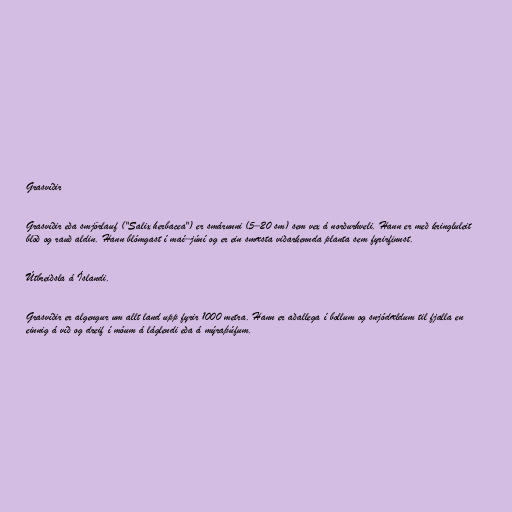
Grasvíðir

Grasvíðir eða smjörlauf ("Salix herbacea") er smárunni (5–20 sm) sem vex á norðurhveli. Hann er með kringluleit
blöð og rauð aldin. Hann blómgast í maí–júní og er ein smæsta viðarkennda planta sem fyrirfinnst.

Útbreiðsla á Íslandi.

Grasvíðir er algengur um allt land upp fyrir 1000 metra. Hann er aðallega í bollum og snjódældum til fjalla en
einnig á víð og dreif í móum á láglendi eða á mýraþúfum.